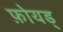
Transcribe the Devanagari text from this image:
फ़ोयड्